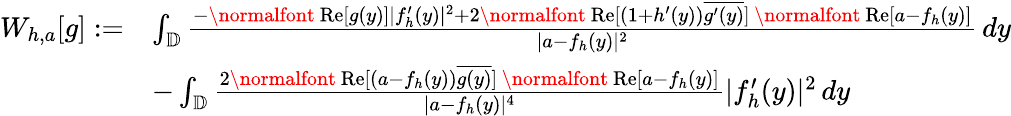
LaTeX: \begin{array}{rl}{W_{h,a}[g]:=}&{\int_{\mathbb{D}}\frac{-\mathrm{\normalfont~Re}[g(y)]|f_{h}^{\prime}(y)|^{2}+2\mathrm{\normalfont~Re}[(1+h^{\prime}(y))\overline{{g^{\prime}(y)}}]\, \mathrm{\normalfont~Re}[a-f_{h}(y)]}{|a-f_{h}(y)|^{2}}\, dy}\\ &{-\int_{\mathbb{D}}\frac{2\mathrm{\normalfont~Re}[(a-f_{h}(y))\overline{{g(y)}}]\, \mathrm{\normalfont~Re}[a-f_{h}(y)]}{|a-f_{h}(y)|^{4}}|f_{h}^{\prime}(y)|^{2}\, dy}\end{array}